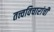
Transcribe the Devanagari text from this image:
तत्त्वविचारांची